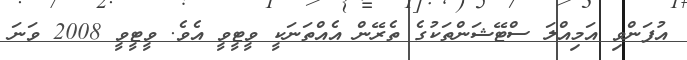
އުފަންވި އަމިއްލަ ސްޓޭޝަންތަކުގެ ތެރޭން އެއްތަނަކީ ވީޓީވީ އެވެ. ވީޓީވީ 2008 ވަނަ